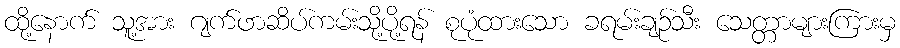
ထို့နောက် သူ့အား ဂျက်ဖာဆိပ်ကမ်းသို့ပို့ရန် စုပုံထားသော ခရမ်းချဉ်သီး သေတ္တာများကြားမှ